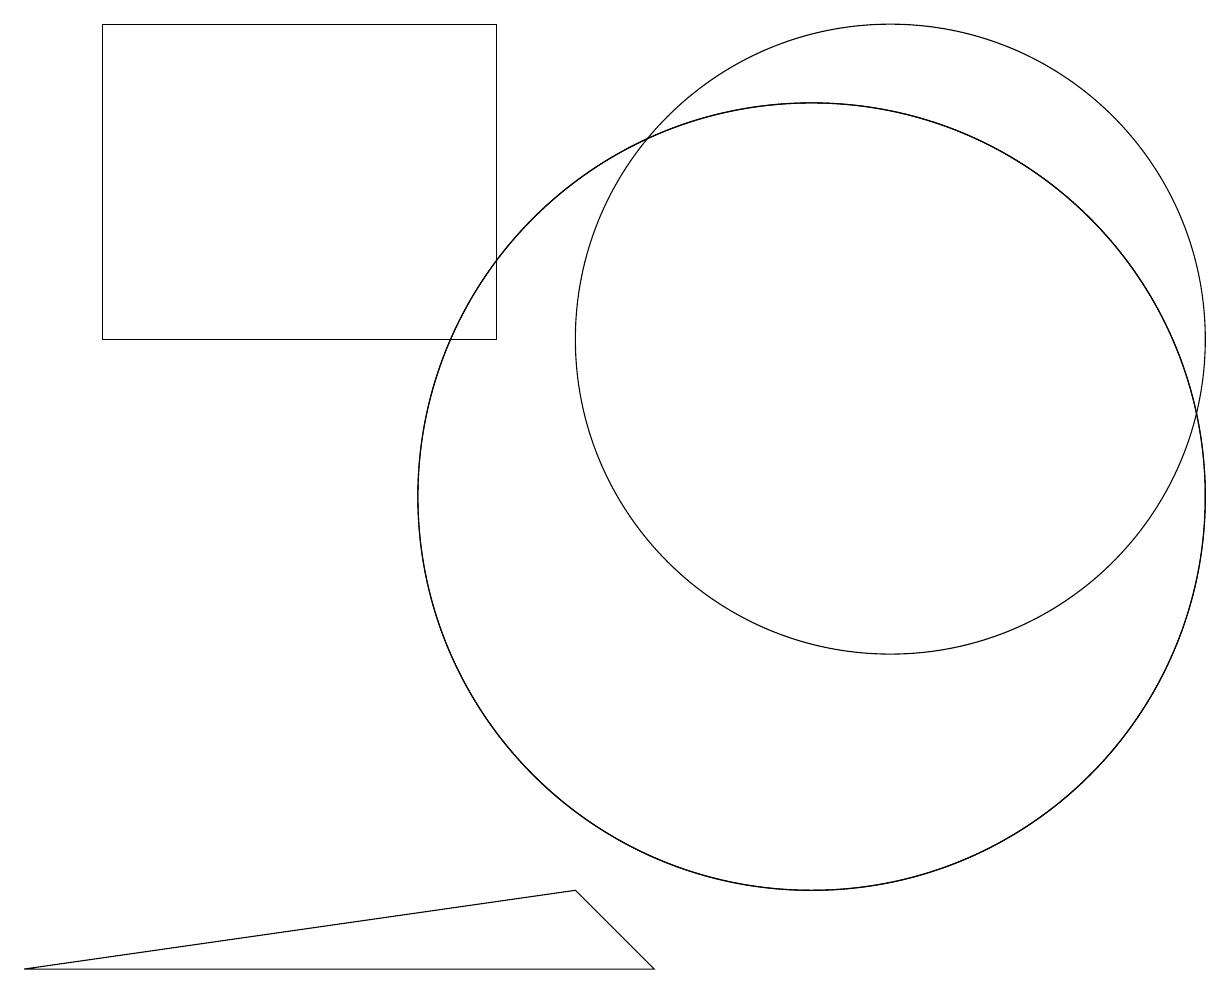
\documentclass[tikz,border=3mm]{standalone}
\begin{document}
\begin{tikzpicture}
\draw (10,10) circle (5);
\draw (1,16) rectangle (6,12);
\draw (11,12) circle (4);
\draw (8,4) -- (7,5) -- (0,4) -- cycle;
\draw (10,10) circle (5);
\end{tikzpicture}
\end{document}